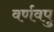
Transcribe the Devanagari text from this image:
वर्णवपु